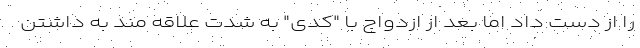
را از دست داد اما بعد از ازدواج با "کدی" به شدت علاقه مند به داشتن